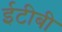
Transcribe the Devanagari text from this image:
ईटीबी